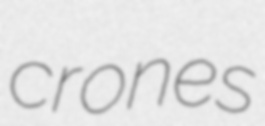
crones